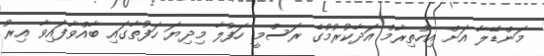
މަންޑޭލާ އަށް އިހުތިރާމް އަދާކުރުމުގެ ރަސްމީ ހަފުލާ މިދިޔަ ހަފުތާގައި ބާއްވާފައިވާ އިރު